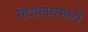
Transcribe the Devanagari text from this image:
मेघालयमध्ये